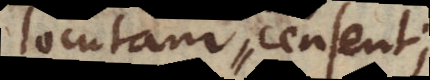
locutam censent.